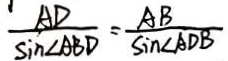
\frac { A D } { \sin \angle A B D } = \frac { A B } { \sin \angle A D B }